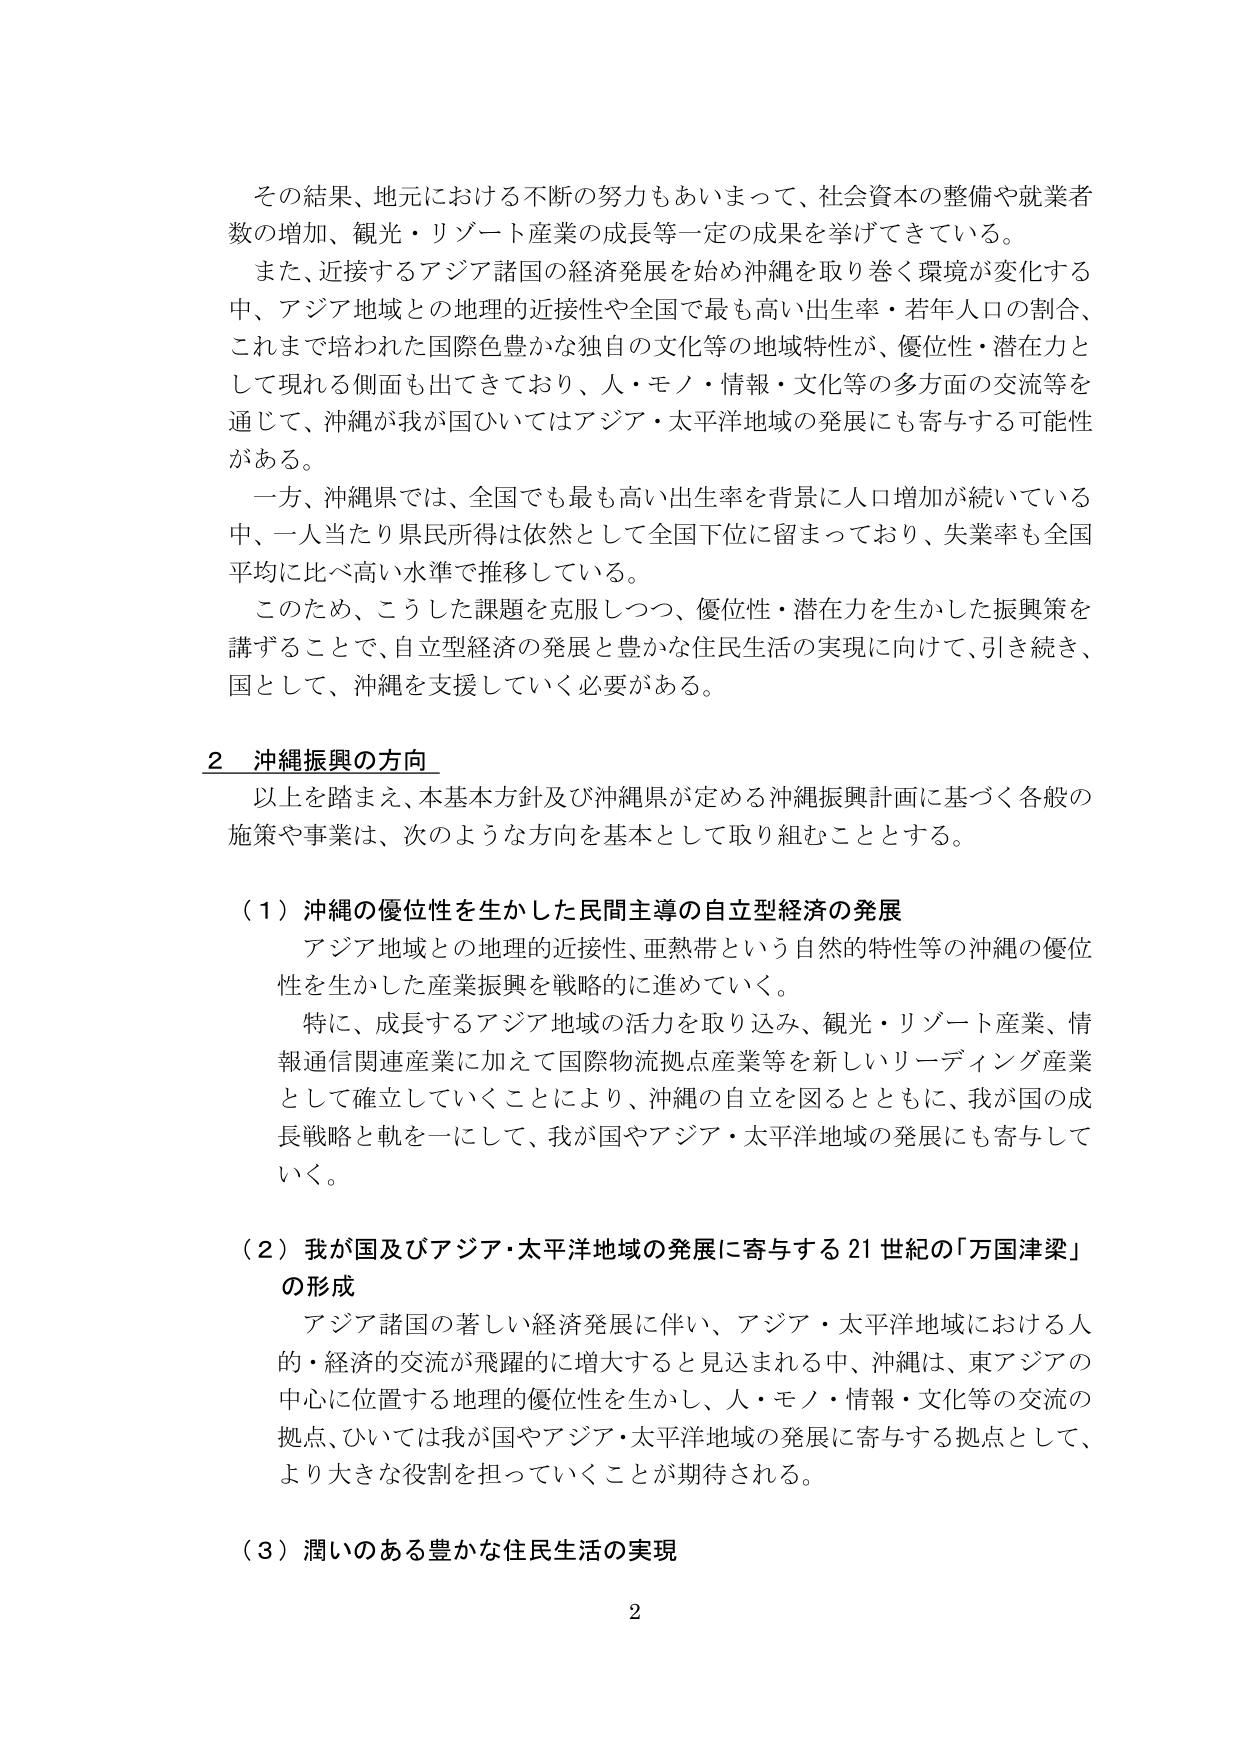
その結果、地元における不断の努力もあいまって、社会資本の整備や就業者数の増加、観光・リゾート産業の成長等一定の成果を挙げてきている。

また、近接するアジア諸国の経済発展を始め沖縄を取り巻く環境が変化する中、アジア地域との地理的近接性や全国で最も高い出生率・若年人口の割合、これまで培われた国際色豊かな独自の文化等の地域特性が、優位性・潜在力として現れる側面も出てきており、人・モノ・情報・文化等の多方面の交流等を通じて、沖縄が我が国ひいてはアジア・太平洋地域の発展にも寄与する可能性がある。

一方、沖縄県では、全国でも最も高い出生率を背景に人口増加が続いている中、一人当たり県民所得は依然として全国下位に留まっており、失業率も全国平均に比べ高い水準で推移している。

このため、こうした課題を克服しつつ、優位性・潜在力を生かした振興策を講ずることで、自立型経済の発展と豊かな住民生活の実現に向けて、引き続き、国として、沖縄を支援していく必要がある。

2 沖縄振興の方向

以上を踏まえ、本基本方針及び沖縄県が定める沖縄振興計画に基づく各般の施策や事業は、次のような方向を基本として取り組むこととする。

（1）沖縄の優位性を生かした民間主導の自立型経済の発展

アジア地域との地理的近接性、亜熱帯という自然的特性等の沖縄の優位性を生かした産業振興を戦略的に進めていく。

特に、成長するアジア地域の活力を取り込み、観光・リゾート産業、情報通信関連産業に加えて国際物流拠点産業等を新しいリーディング産業として確立していくことにより、沖縄の自立を図るとともに、我が国の成長戦略と軌を一にして、我が国やアジア・太平洋地域の発展にも寄与していく。

（2）我が国及びアジア・太平洋地域の発展に寄与する21世紀の「万国津梁」の形成

アジア諸国の著しい経済発展に伴い、アジア・太平洋地域における人的・経済的交流が飛躍的に増大すると見込まれる中、沖縄は、東アジアの中心に位置する地理的優位性を生かし、人・モノ・情報・文化等の交流の拠点、ひいては我が国やアジア・太平洋地域の発展に寄与する拠点として、より大きな役割を担っていくことが期待される。

（3）潤いのある豊かな住民生活の実現

2